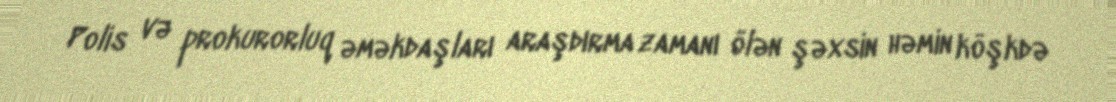
Polis və prokurorluq əməkdaşları araşdırma zamanı ölən şəxsin həmin köşkdə